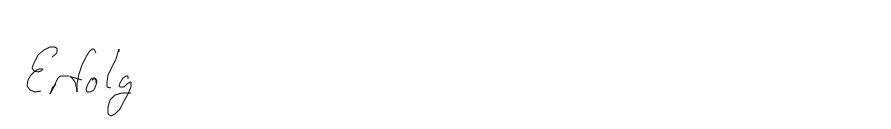
Erfolg